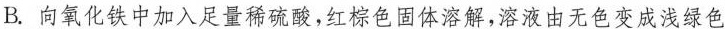
B.向氧化铁中加入足量稀硫酸，红棕色固体溶解，溶液由无色变成浅绿色